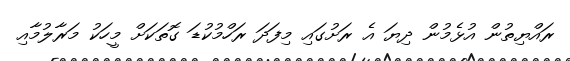
ރައްޔިތުން އުޅެމުން ދިޔަ އެ ރަށުގައި މިފަދަ ރަހްމުކުޑަ ގޮތަކަށް މީހަކު މަރާލުމާއި